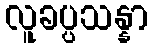
လူခပ္ပသန္နာ